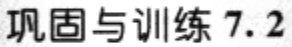
巩固与训练 7.2